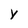
Character: y